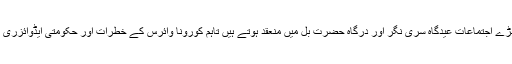
وادی میں عید الاضحیٰ کے موقع پر سب سے بڑے اجتماعات عیدگاہ سری نگر اور درگاہ حضرت بل میں منعقد ہوتے ہیں تاہم کورونا وائرس کے خطرات اور حکومتی ایڈوائزری کے پیش نظر یہ اجتماعات منعقد نہیں ہوسکے۔